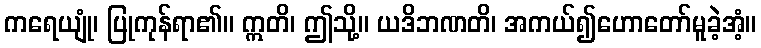
ကရေယျုံ၊ ပြုကုန်ရာ၏။ ဣတိ၊ ဤသို့။ ယဒိဘဏတိ၊ အကယ်၍ဟောတော်မူခဲ့အံ့။